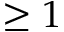
\geq 1